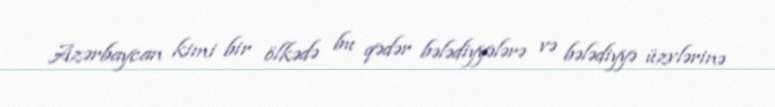
Azərbaycan kimi bir ölkədə bu qədər bələdiyyələrə və bələdiyyə üzvlərinə